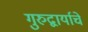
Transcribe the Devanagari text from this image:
गुरुद्वार्याचे